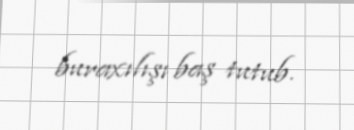
buraxılışı baş tutub.